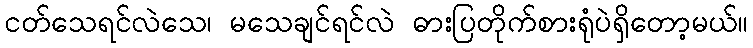
ငတ်သေရင်လဲသေ၊ မသေချင်ရင်လဲ ဓားပြတိုက်စားရုံပဲရှိတော့မယ်။